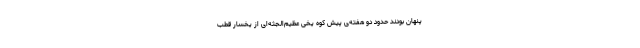
پنهان بودند حدود دو هفته‌ی پیش کوه یخی عظیم‌الجثه‌ای از یخسار قطب